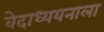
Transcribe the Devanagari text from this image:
वेदाध्ययनाला